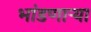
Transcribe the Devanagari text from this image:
भांडणाऱ्या